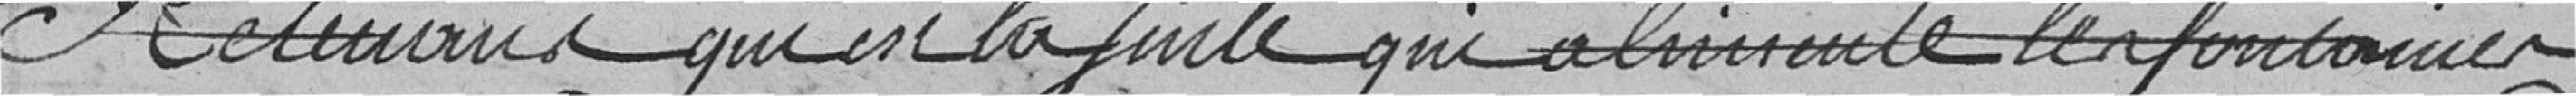
Retenans qui est la seule qui alimente les fontaines